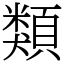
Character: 類